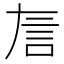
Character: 𬢚